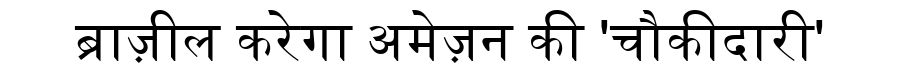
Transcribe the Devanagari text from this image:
ब्राज़ील करेगा अमेज़न की 'चौकीदारी'